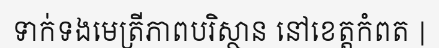
ទាក់ទងមេត្រីភាពបរិស្ថាន នៅខេត្តកំពត |